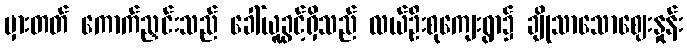
မှားတတ် ကောက်ညှင်းသည် ခေါ်ယူခွင့်ရှိသည် လယ်ဦးစုကျေးရွာ၌ ချိုသာသောဈေးနှုန်း